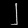
Digit: ၂